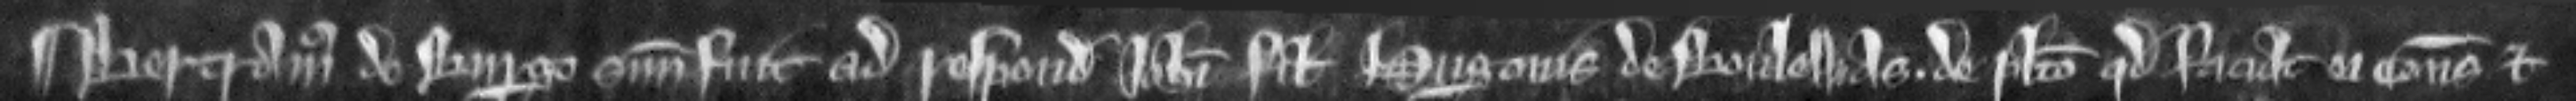
¶ Bertramus de Burgo summonitus fuit ad respondendum Johanni filio Hugonis de Boulewas. de placito quod faciat ei consuetudines et